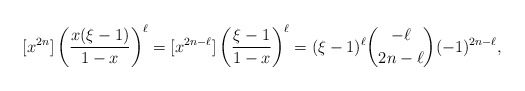
\begin{align*}[x^{2n}]\left(\frac{x(\xi-1)}{1-x}\right)^{\ell}=[x^{2n-\ell}]\left(\frac{\xi-1}{1-x}\right)^{\ell}=(\xi-1)^{\ell}\binom{-\ell}{2n-\ell}(-1)^{2n-\ell},\end{align*}